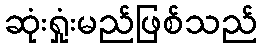
ဆုံးရှုံးမည်ဖြစ်သည်